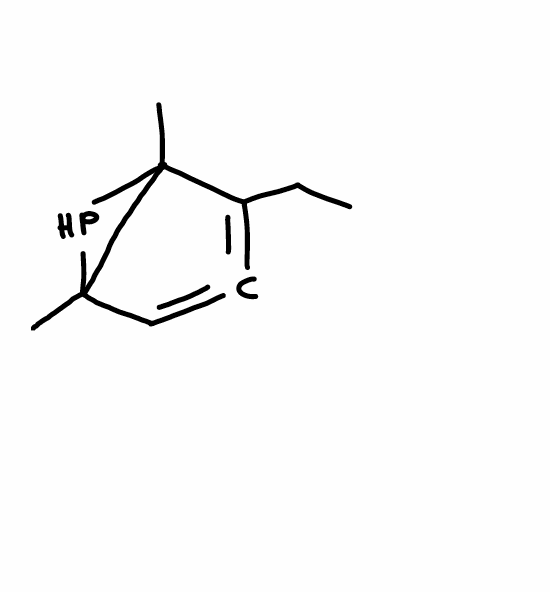
Simplified molecular-input line-entry system (SMILES) notation of the given molecule:
CCC1=C=CC2(C1(P2)C)C